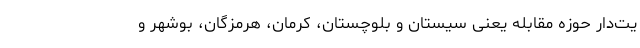
یت‌دار حوزه مقابله یعنی سیستان و بلوچستان، کرمان، هرمزگان، بوشهر و